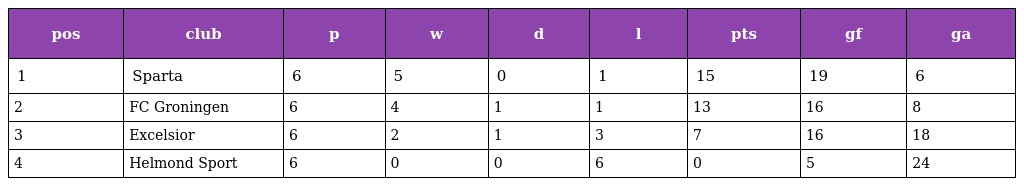
| pos | club | p | w | d | l | pts | gf | ga |
 | --- | --- | --- | --- | --- | --- | --- | --- | --- |
 | 1 | Sparta | 6 | 5 | 0 | 1 | 15 | 19 | 6 |
 | 2 | FC Groningen | 6 | 4 | 1 | 1 | 13 | 16 | 8 |
 | 3 | Excelsior | 6 | 2 | 1 | 3 | 7 | 16 | 18 |
 | 4 | Helmond Sport | 6 | 0 | 0 | 6 | 0 | 5 | 24 |